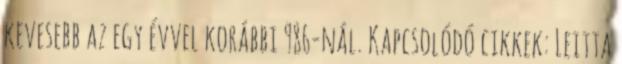
kevesebb az egy évvel korábbi 986-nál. Kapcsolódó cikkek: Leitta